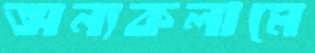
অন্যকলামে